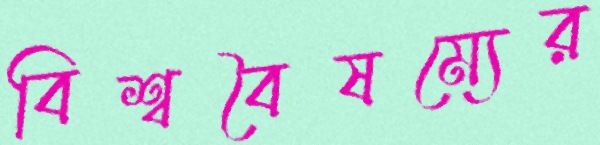
বিশ্ববৈষম্যের